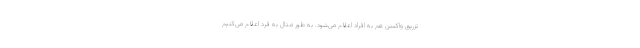
تزریق واکسن هم به افراد اعلام می‌شود. به طور مثال به فرد اعلام می‌کنیم